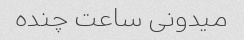
میدونی ساعت چنده